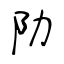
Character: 阞